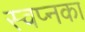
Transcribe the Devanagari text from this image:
स्वप्नका